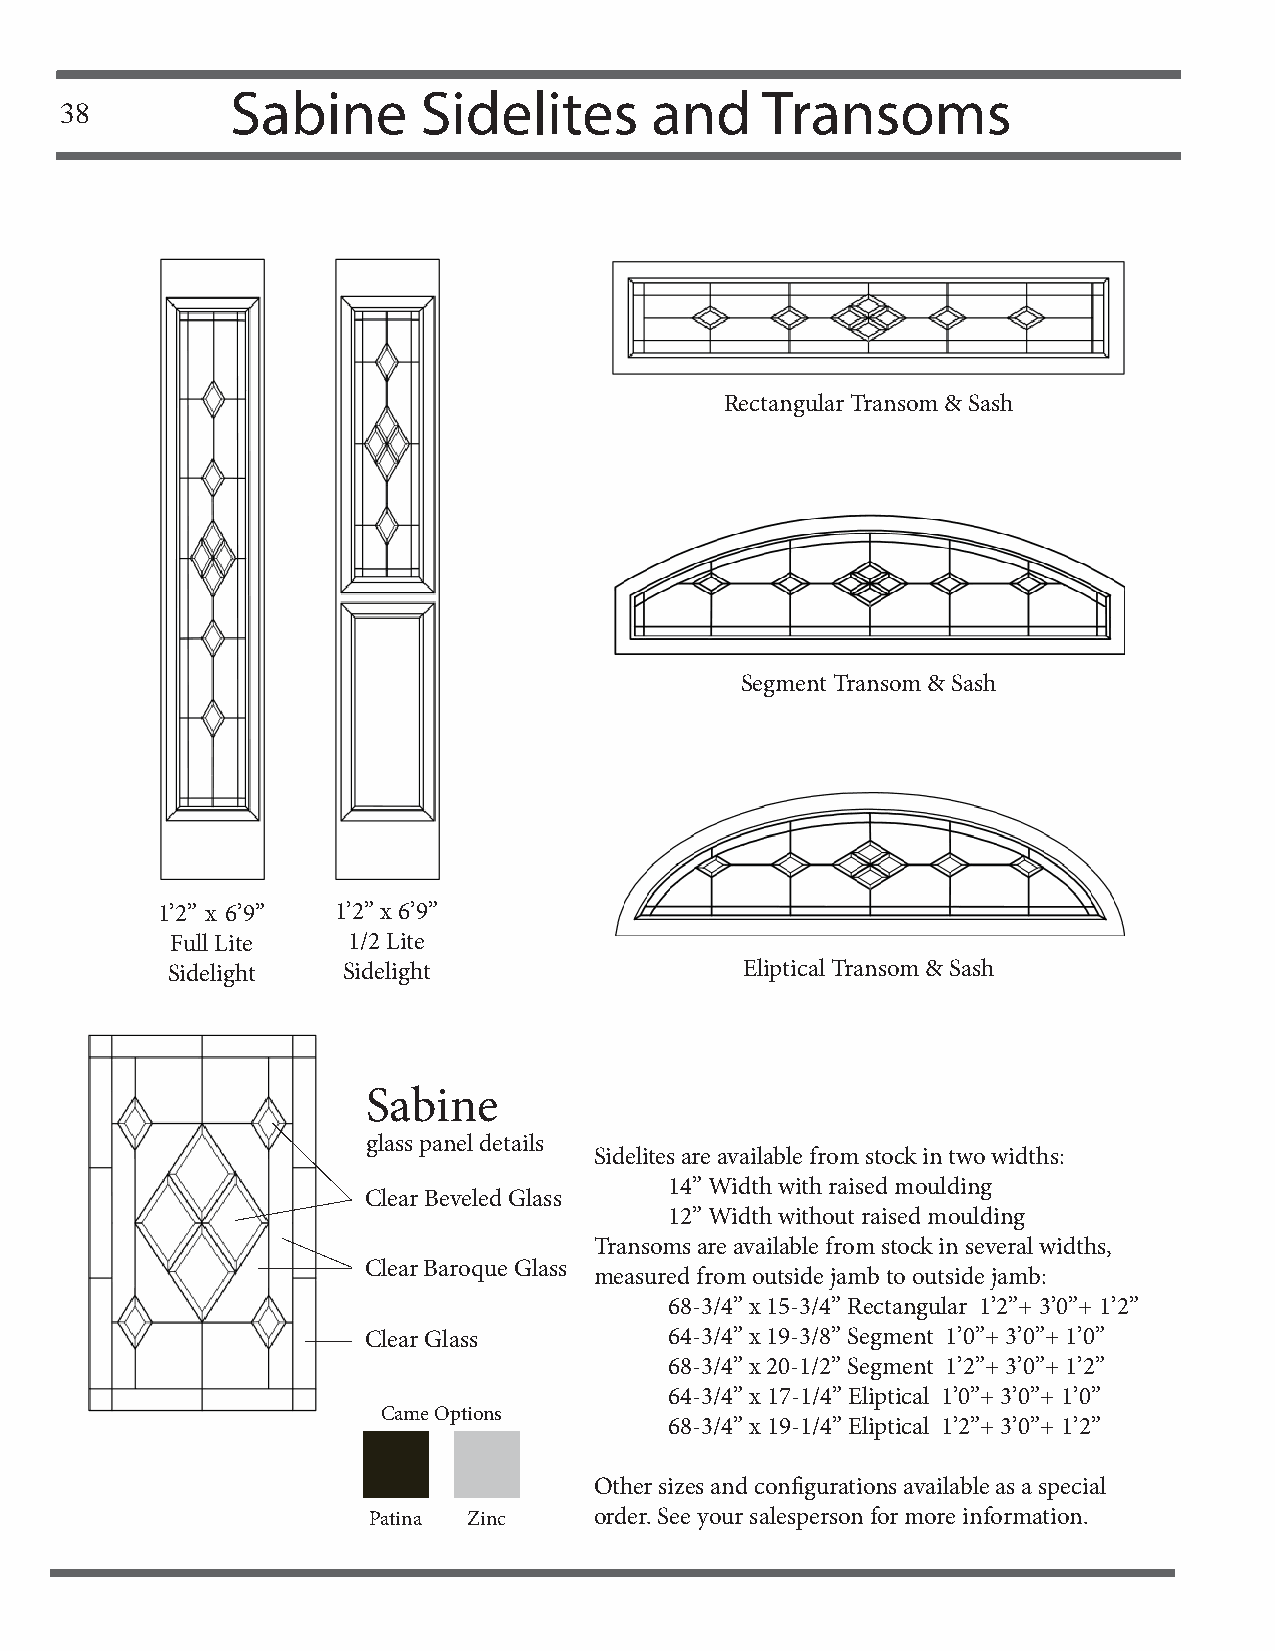
Sabine       Sidelites      and    Transoms
 38
 Rectangular Transom & Sash
 Segment Transom & Sash
 1’2” x 6’9” 1’2” x 6’9”
 Full Lite   1/2 Lite
 Sidelight   Sidelight                 Eliptical Transom & Sash
 Sabine
 glass panel details
 Sidelites are available from stock in two widths:
 14” Width with raised moulding
 Clear Beveled Glass
 12” Width without raised moulding
 Transoms are available from stock in several widths,
 Clear Baroque Glass
 measured from outside jamb to outside jamb:
 68-3/4” x 15-3/4” Rectangular 1’2”+ 3’0”+ 1’2”
 Clear Glass         64-3/4” x 19-3/8” Segment 1’0”+ 3’0”+ 1’0”
 68-3/4” x 20-1/2” Segment 1’2”+ 3’0”+ 1’2”
 64-3/4” x 17-1/4” Eliptical 1’0”+ 3’0”+ 1’0”
 Came Options
 68-3/4” x 19-1/4” Eliptical 1’2”+ 3’0”+ 1’2”
 Other sizes and confi gurations available as a special
 Patina Zinc    order. See your salesperson for more information.